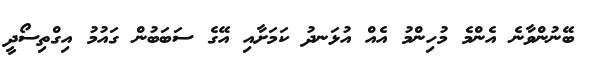
ބޭނުންވާނެ އެންމެ މުހިންމު އެއް އުޅަނދު ކަމަށާއި އޭގެ ސަބަބުން ގައުމު އިގްތިސޯދީ